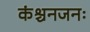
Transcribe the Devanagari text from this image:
कंश्चनजनः